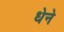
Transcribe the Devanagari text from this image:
धेने